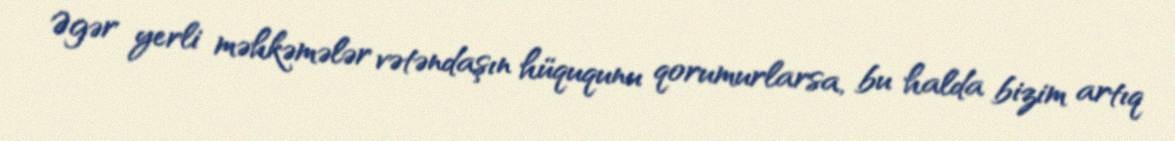
Əgər yerli məhkəmələr vətəndaşın hüququnu qorumurlarsa, bu halda bizim artıq